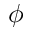
\phi